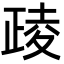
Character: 𪤶